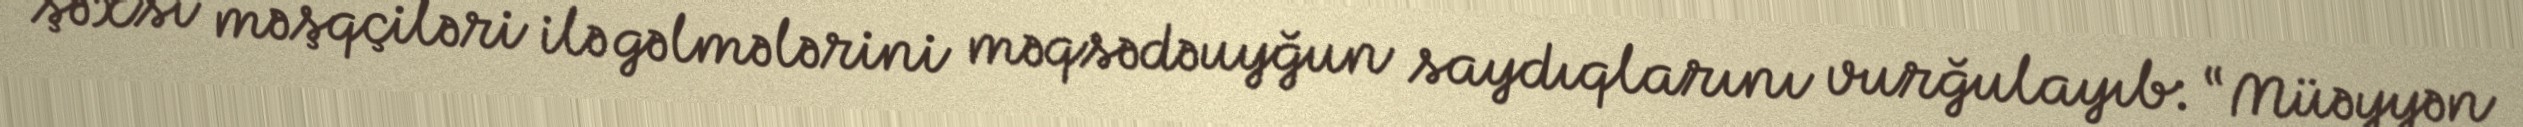
şəxsi məşqçiləri ilə gəlmələrini məqsədəuyğun saydıqlarını vurğulayıb: “Müəyyən